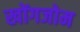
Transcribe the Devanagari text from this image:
खोंगजोम